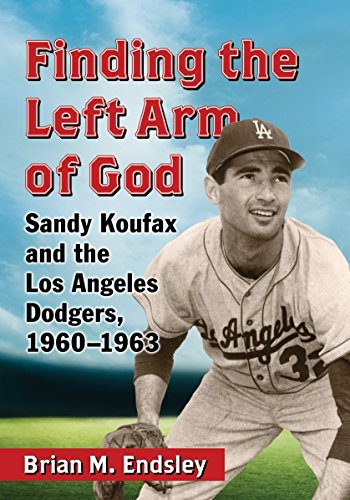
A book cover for Finding the Left Arm of God: Sandy Koufax and the Los Angeles Dodgers, 1960-1963; Brian M. Endsley; Biographies & Memoirs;